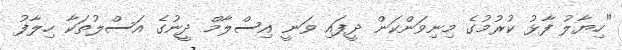
"ހިޔާލު ފާޅު ކުރުމުގެ މިނިވަންކަން ދީފައި ވަނީ އިސްލާމް ދީނުގެ އަސްލުތަކާ ހިލާފު